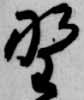
野